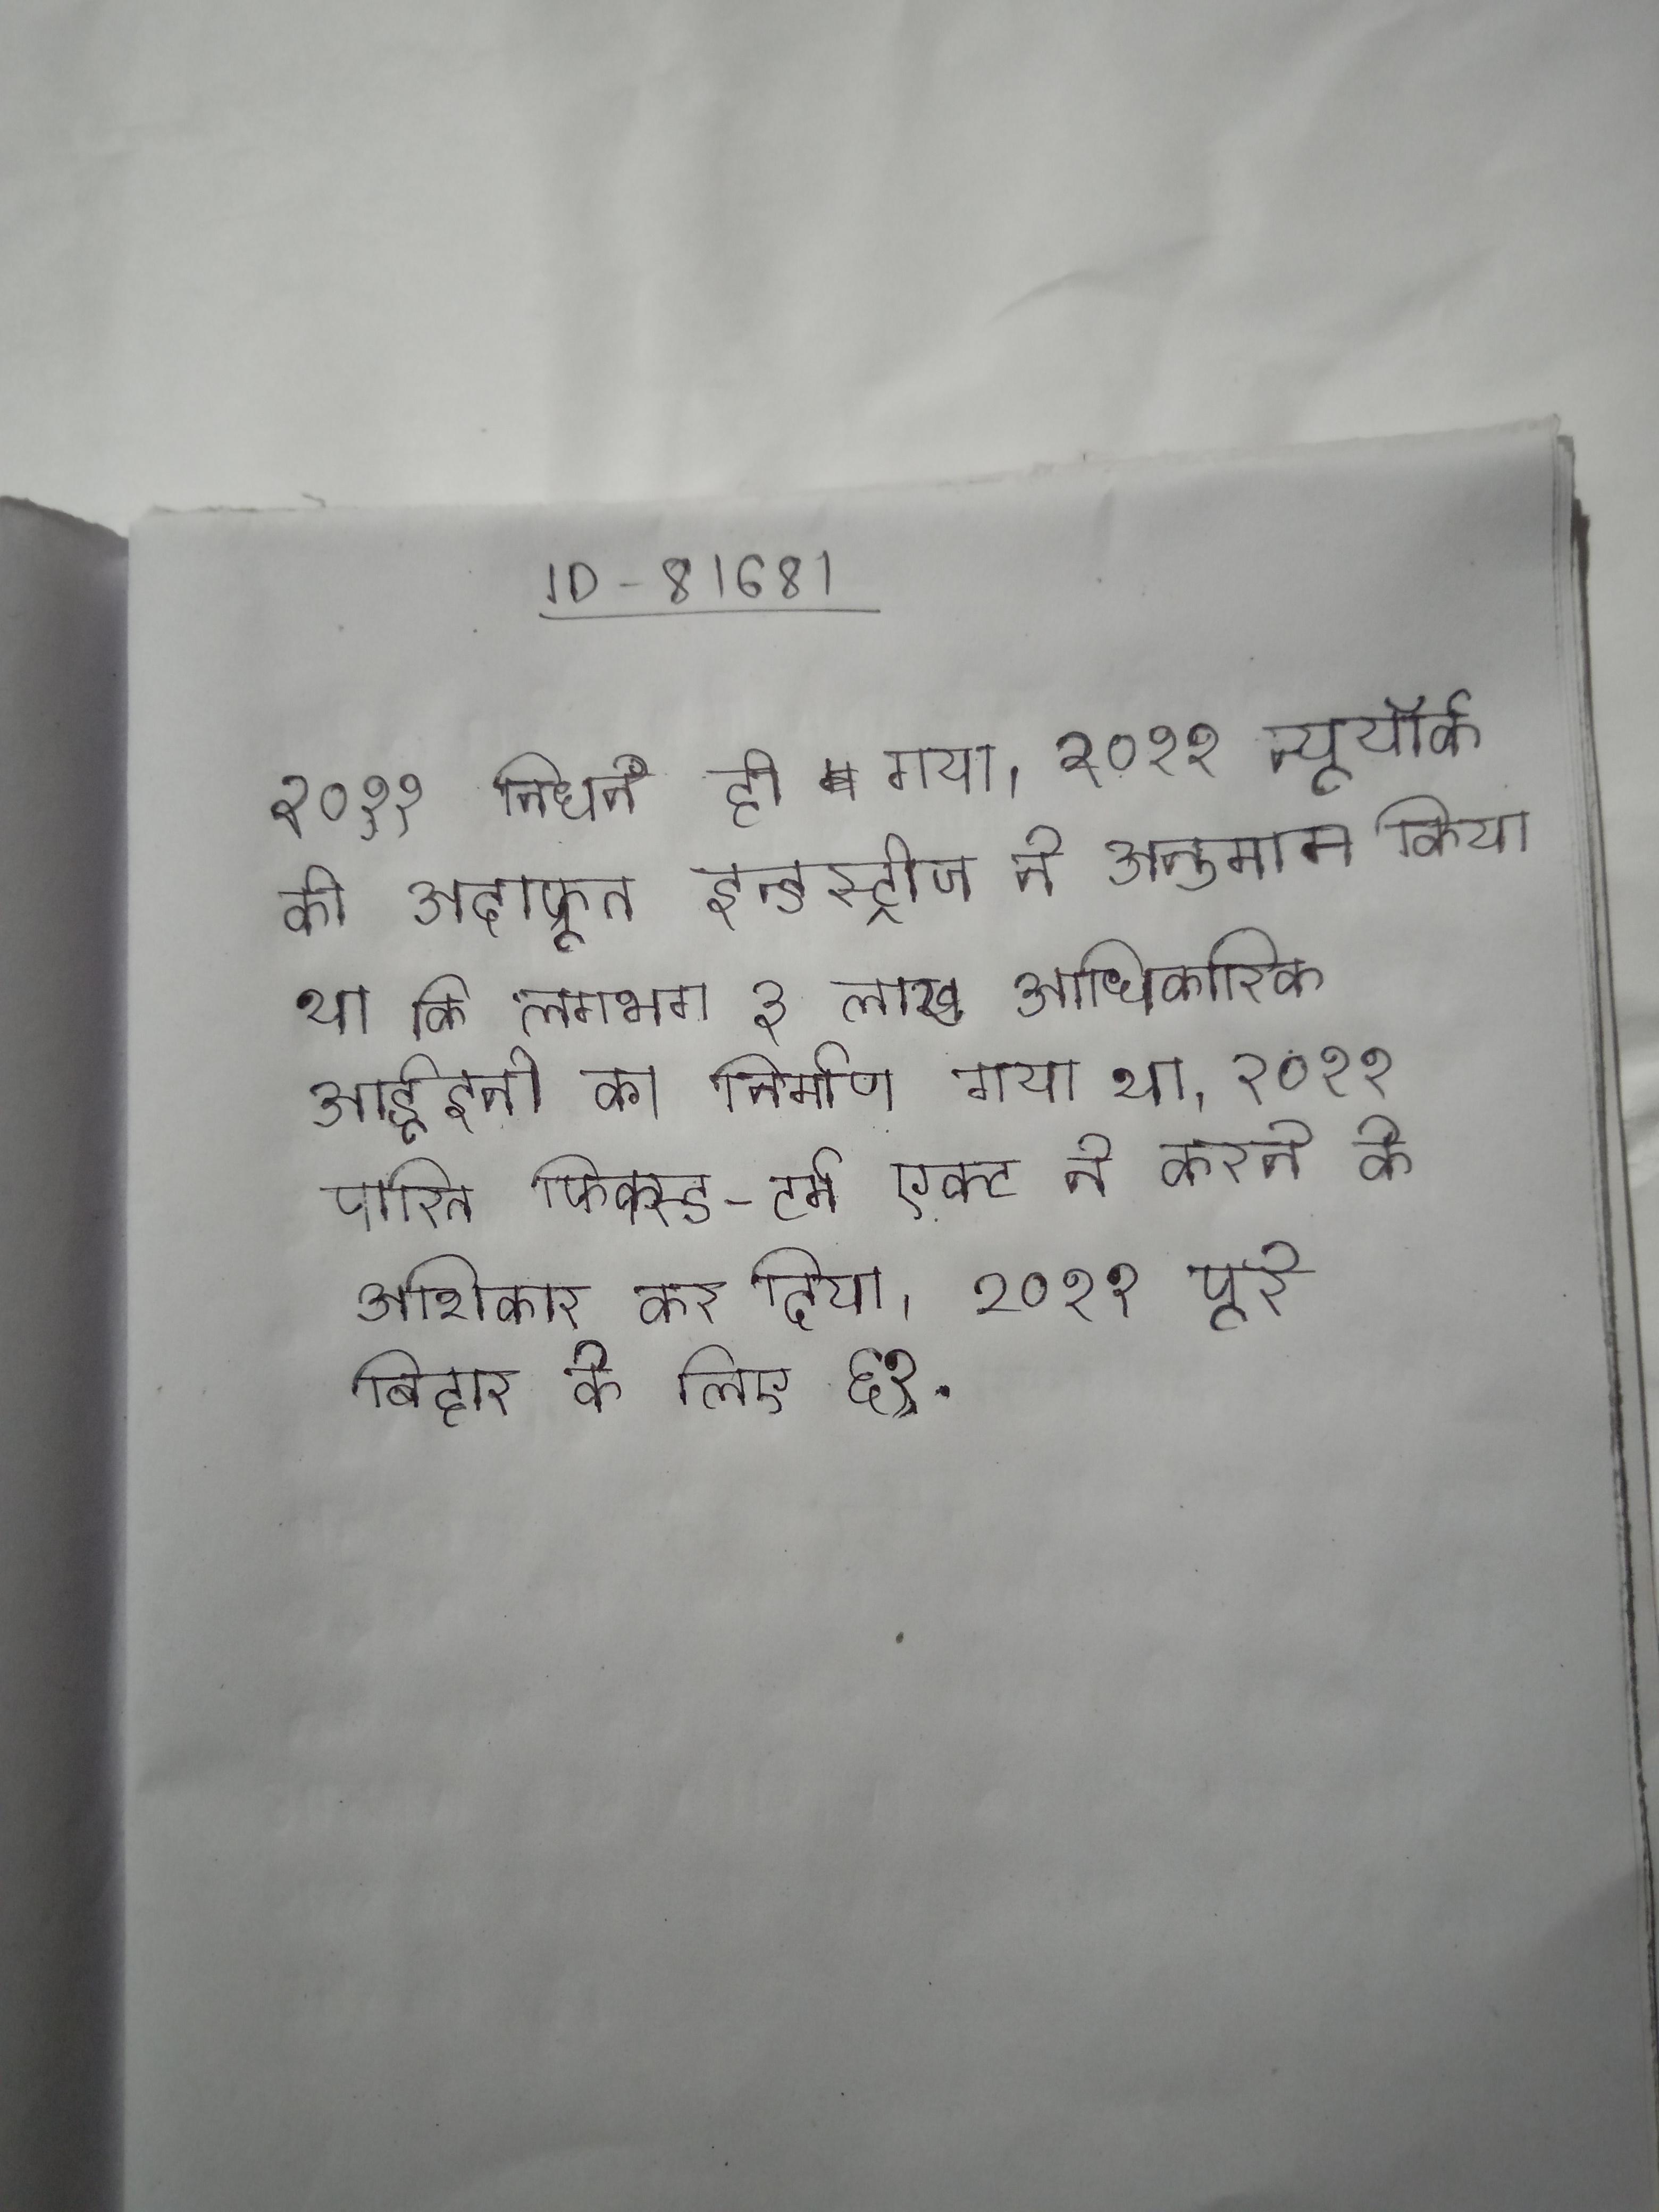
२०११ निधन हो गया । २०११ न्यूयॉर्क की अदाफ्रूत इन्डस्ट्रीज ने अनुमान किया था कि लगभग ३ लाख आधिकारिक आर्डूइनो का निर्माण किया गया था । २०११ पारित फिक्स्ड-टर्म एक्ट ने करने के अशिकार को कर दिया । २०११ पूरे बिहार के लिए ६१ .